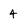
Character: 4